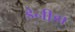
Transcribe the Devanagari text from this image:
डेनीडा